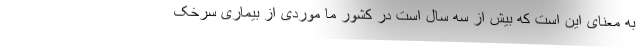
به معنای این است که بیش از سه سال است در کشور ما موردی از بیماری سرخک